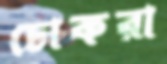
ঢোকরা